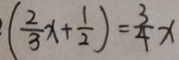
( \frac { 2 } { 3 } x + \frac { 1 } { 2 } ) = \frac { 3 } { 4 } x